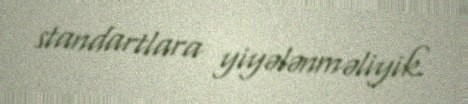
standartlara yiyələnməliyik.